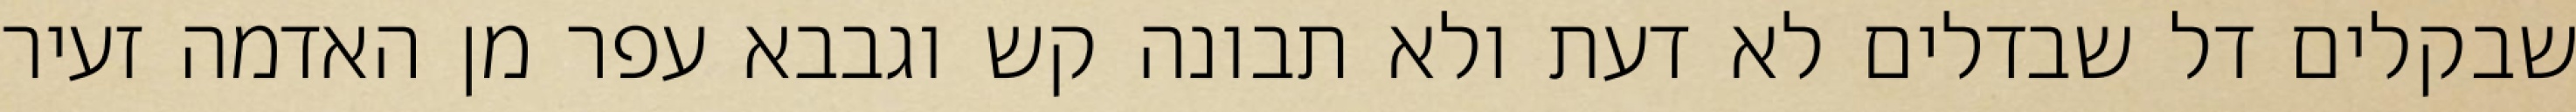
שבקלים דל שבדלים לא דעת ולא תבונה קש וגבבא עפר מן האדמה זעיר